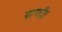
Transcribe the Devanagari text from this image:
पाणी।